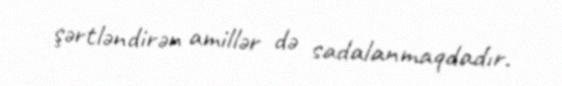
şərtləndirən amillər də sadalanmaqdadır.